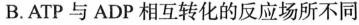
B.ATP与ADP相互转化的反应场所不同